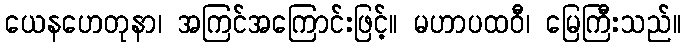
ယေနဟေတုနာ၊ အကြင်အကြောင်းဖြင့်။ မဟာပထဝီ၊ မြေကြီးသည်။